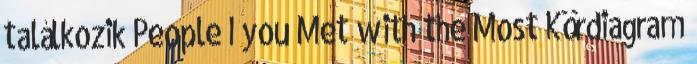
találkozik People I you Met with the Most Kördiagram